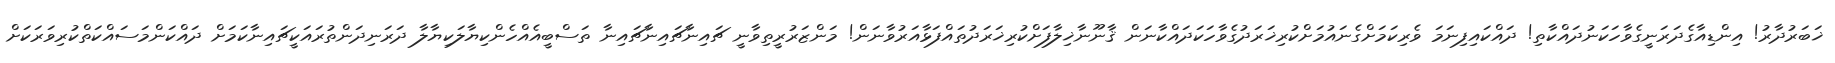
ޚަބަރުދާރު! އިންޑިއާގެދަރަނީގެވާހަކަނުދައްކާތި! ދައްކައިފިނަމަ ވެރިކަމަށްގެނައުމަށްކުރިޚަރަދުގެވާހަކަދައްކާނަން ޤާނޫނާޚިލާފަށްކުރިޚަރަދުތައްފަޅާއަރުވާނަން! މަންޒަރުރީތިވާނީ ޗައިނާޗައިނާޗައިނާ ތަސްބީއެއްހެންކިޔާލަކިޔާލާ ދަރަނިދަންތުރައަކީޗައިނާކަމަށް ދައްކަންމަސައްކަތްކުރިވަރަކަށް